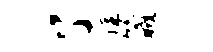
了隹箴